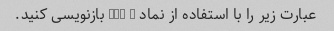
عبارت زیر را با استفاده از نماد Big O بازنویسی کنید.